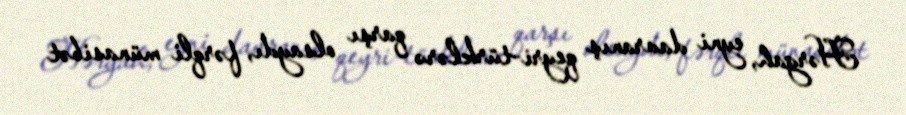
Hərgah, eyni davranış qeyri-türklərə qarşı olsaydı, fərqli münasibət